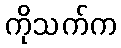
ကိုသက်က